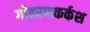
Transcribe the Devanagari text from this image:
गीतरणकर्कश